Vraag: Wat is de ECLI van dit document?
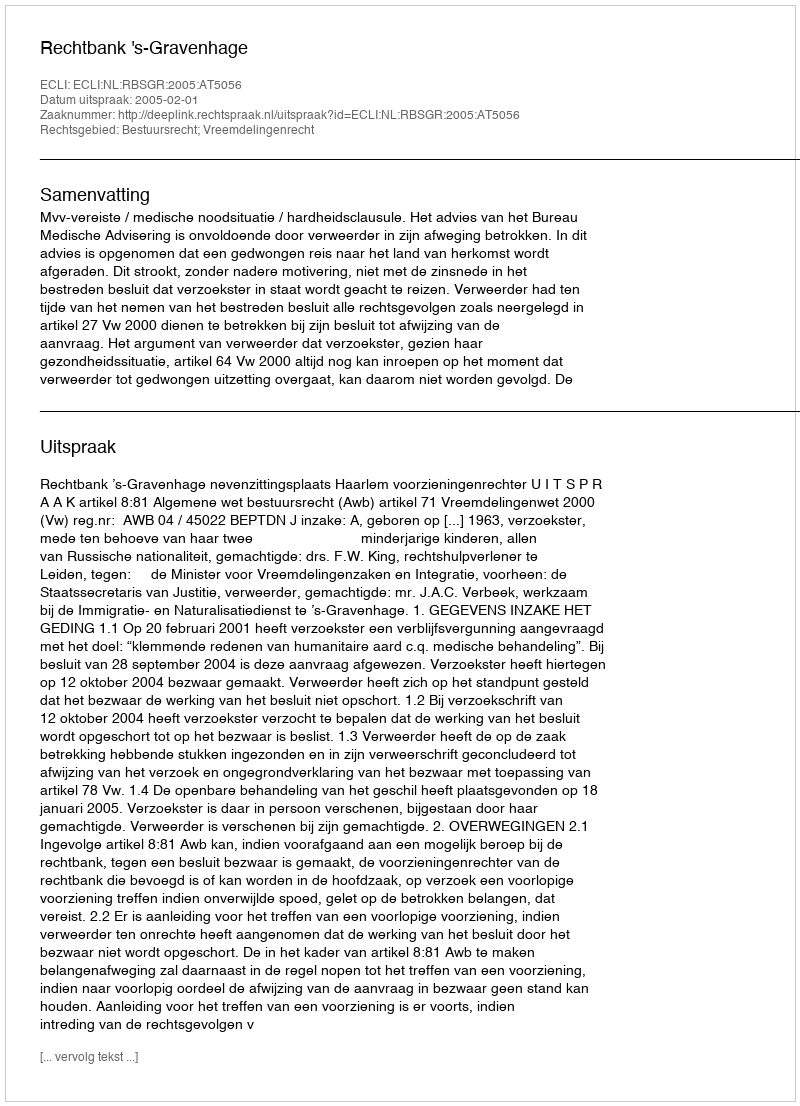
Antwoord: ECLI:NL:RBSGR:2005:AT5056